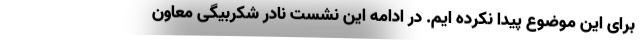
برای این موضوع پیدا نکرده ایم. در ادامه این نشست نادر شکربیگی معاون